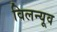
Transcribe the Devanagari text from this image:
विलन्यूव